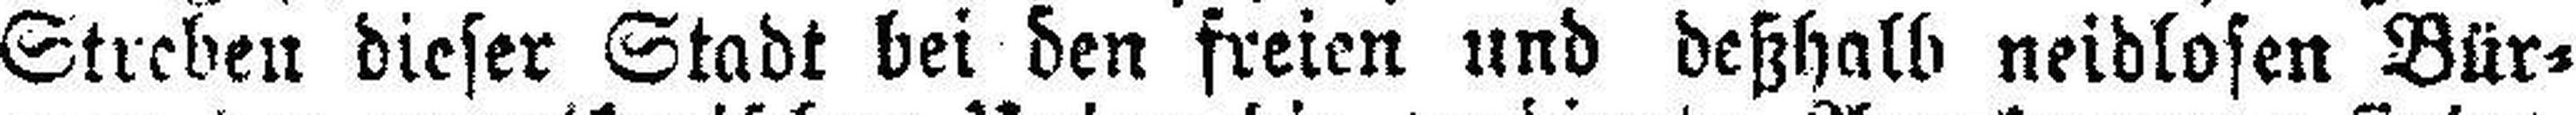
Streben dieser Stadt bei den freien und deßhalb neidlosen Bür¬